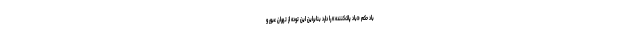
باد حکم «باد پاک‌کننده» را دارد بنابراین این توده از تهران عبور و